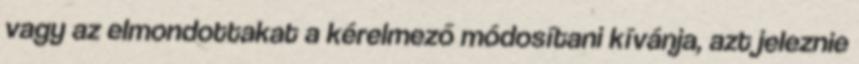
vagy az elmondottakat a kérelmező módosítani kívánja, azt jeleznie